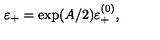
\varepsilon _ { + } = \exp ( A / 2 ) \varepsilon _ { + } ^ { ( 0 ) } ,